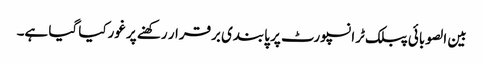
بین الصوبائی پبلک ٹرانسپورٹ پر پابندی برقرار رکھنے پر غورکیا گیا ہے۔